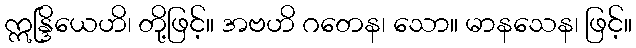
ဣန္ဒြိယေဟိ၊ တို့ဖြင့်။ အဗဟိ ဂတေန၊ သော။ မာနသေန၊ ဖြင့်။